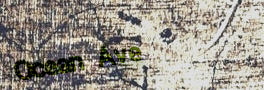
Ocean Ave